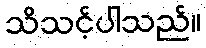
သိသင့်ပါသည်။